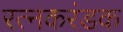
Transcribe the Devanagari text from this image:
रत्नकरंडक